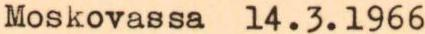
Moskovassa 14.3.1966